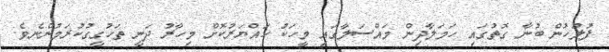
ފުލުހުން ބުނާ ގޮތުގައި ހަމަލާދިން މައްސަލާގައި މީހަކު ހައްޔަރުކޮށް މިހާރު ދަނީ ތަހުގީގުކުރަމުންނެވެ.